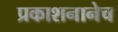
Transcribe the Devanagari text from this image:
प्रकाशनानेच